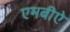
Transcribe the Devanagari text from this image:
एमबीऐ